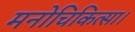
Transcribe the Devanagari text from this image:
मनोचिकित्सा।